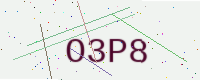
Text: O3P8